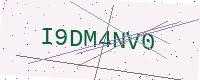
Text: I9DM4NV0